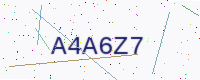
Text: A4A6Z7